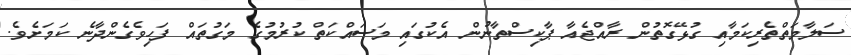
ސަލާމަތްތެރިކަމާއި ގުޅޭގޮތުން ރާއްޖެއާ ޕާކިސްތާނުން އެކުގައި މަސައްކަތް ކުރުމުގެ މަގުތައް ފަހިވެގެންދާނެ ކަމަށެވެ.